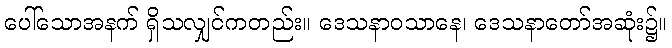
ပေါ်သောအနက် ရှိသလျှင်ကတည်း။ ဒေသနာဝသာနေ၊ ဒေသနာတော်အဆုံး၌။